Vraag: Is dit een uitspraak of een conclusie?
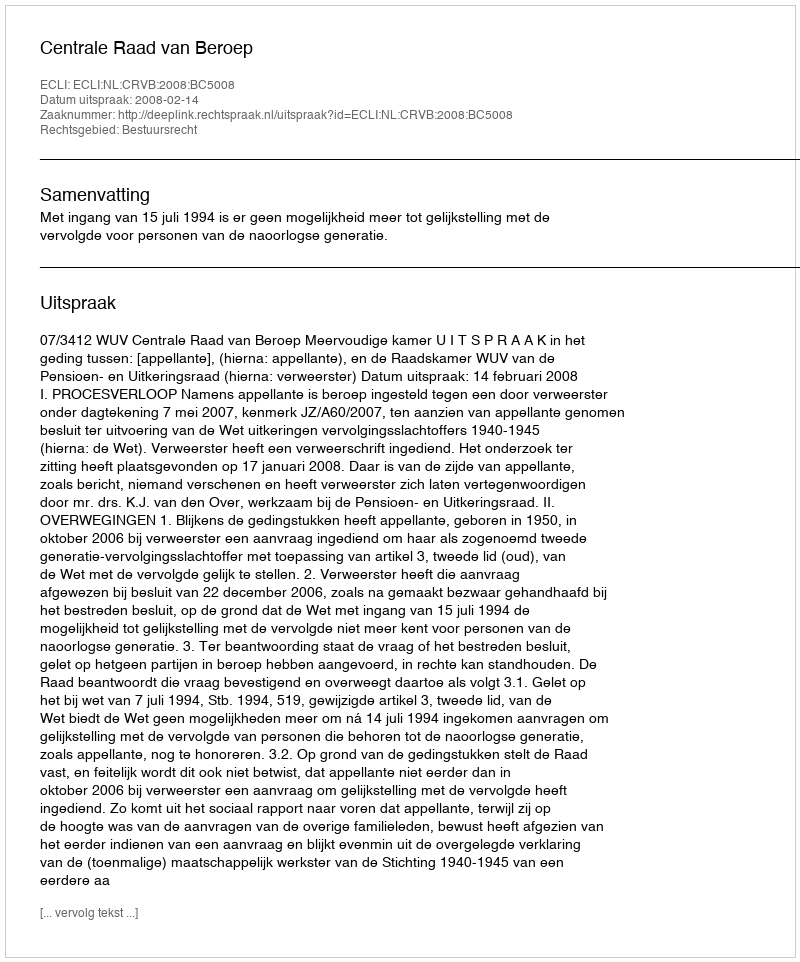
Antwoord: Uitspraak